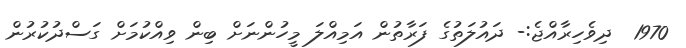
1970  ދިވެހިރާއްޖެ:- ދައުލަތުގެ ފަރާތުން އަމިއްލަ މީހުންނަށް ބިން ވިއްކުމަށް ގަސްދުކުރުން